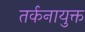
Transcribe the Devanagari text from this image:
तर्कनायुक्त